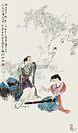
挽弓当挽强，用箭当用长。